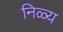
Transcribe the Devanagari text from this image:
निळ्य